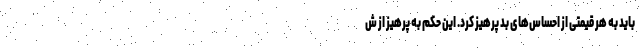
باید به هر قیمتی از احساس‌های بد پرهیز کرد. این حکم به پرهیز از ش